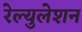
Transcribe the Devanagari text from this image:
रेल्युलेशन